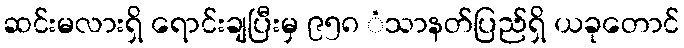
ဆင်းမလားရှိ ရောင်းချပြီးမှ ၉၅၈ ံသာနတ်ပြည်ရှိ ယခုတောင်